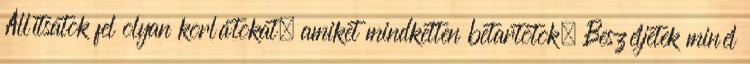
Állítsatok fel olyan korlátokat, amiket mindketten betartotok. Beszéljetek minél